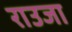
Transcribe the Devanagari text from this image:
राउजा